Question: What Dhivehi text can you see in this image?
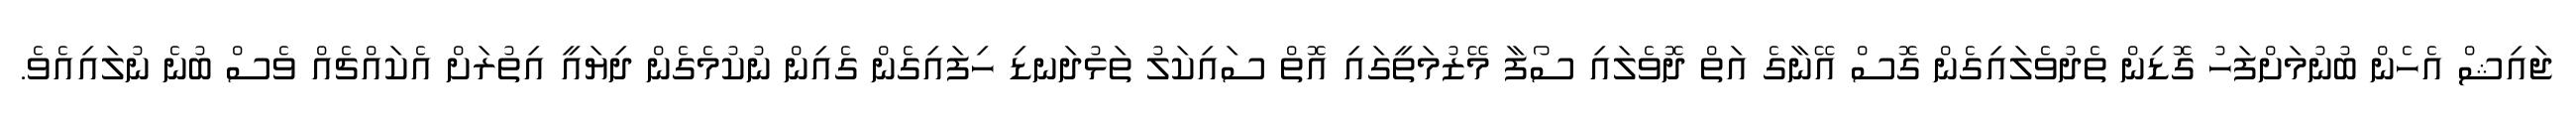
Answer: ޖައިޝް އެހެން ބުނުމަށްފަހު ގޮޑިން ތެދުވެލައިގެން ގޮސް އޭނާގެ އަތް ދޮވެލައި ސޯފާ މޭޒުމަތީގައި އޮތް ސައިކަލު ތަޅުދަނޑި ހިފައިގެން ގެއިން ނުކުމެގެން ދިޔައީ އިތުރަށް އެކައްޗެއް ވެސް ބުނެ ނުލައިއެވެ.